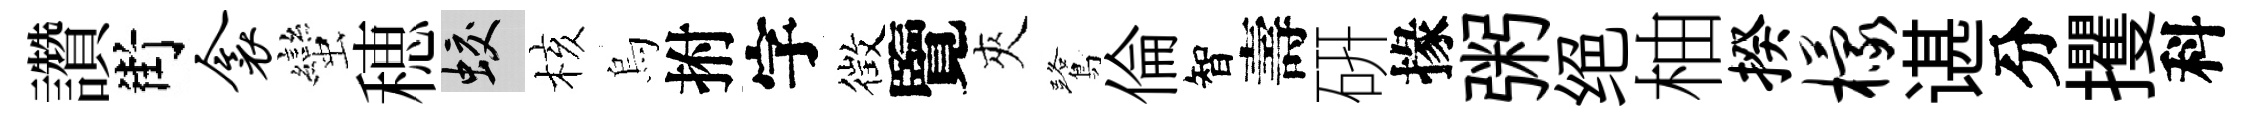
讚街衾蠻穂蛟核烏拊字徴覽夾鷺倫智壽硏掾粥绝柚揆檬谌分攫科